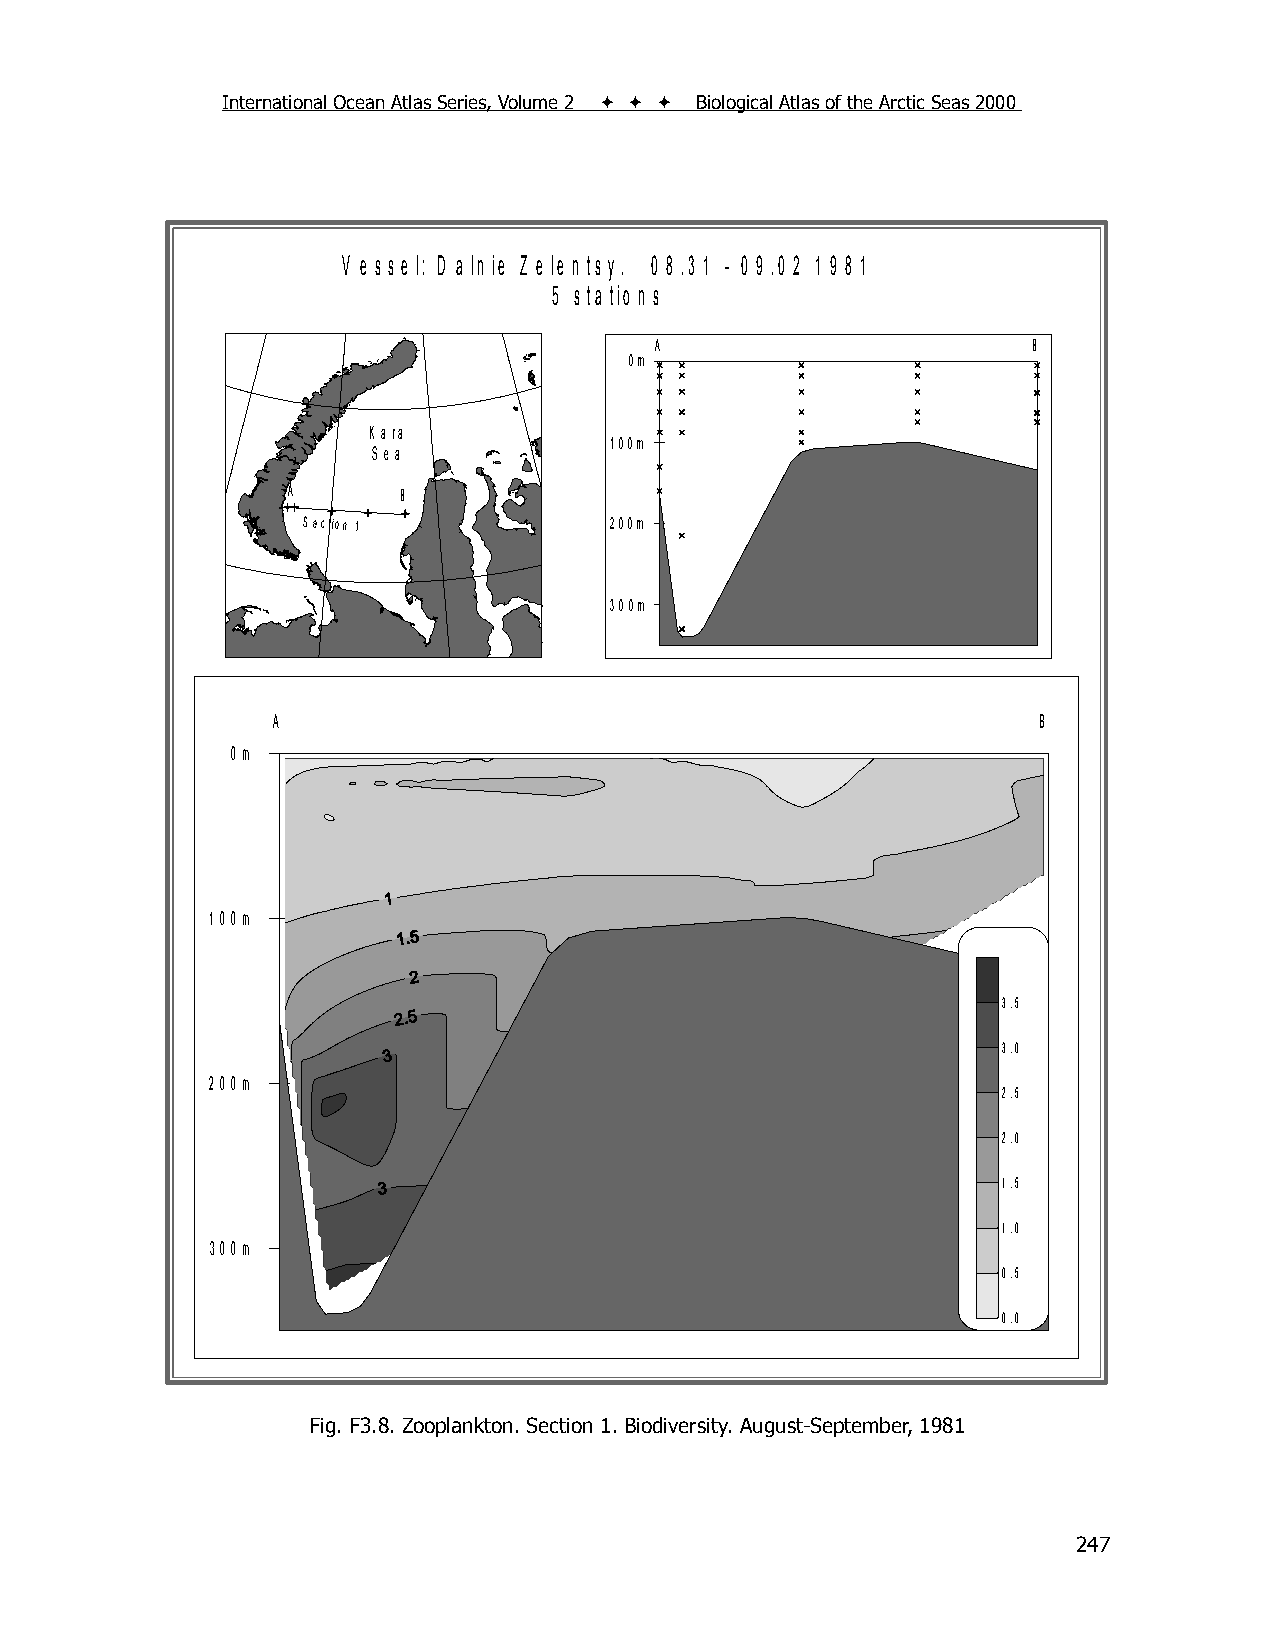
International Ocean Atlas Series, Volume 2    Biological Atlas of the Arctic Seas 2000
 V e s s e l: D a ln ie Z e le n ts y . 0 8 .3 1 - 0 9 .0 2 1 9 8 1
 5 s ta tio n s
 A                        B
 0m
 K ara
 100m
 S ea
 A      B
 Section 1           200m
 300m
 A                                                  B
 0m
 100m
 3.5
 3.0
 200m
 2.5
 2.0
 1.5
 1.0
 300m
 0.5
 0.0
 Fig. F3.8. Zooplankton. Section 1. Biodiversity. August-September, 1981
 247